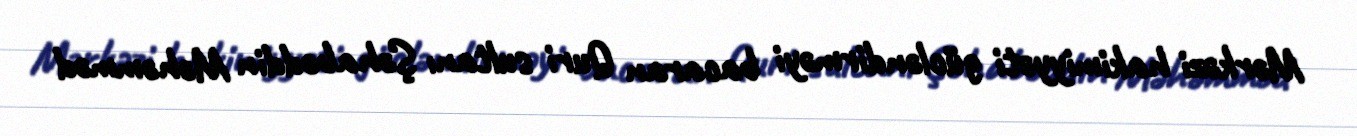
Mərkəzi hakimiyyəti gücləndirməyi bacaran Quri sultanı Şəhabəddin Məhəmməd